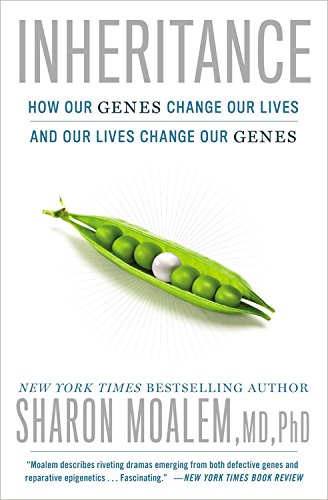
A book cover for Inheritance: How Our Genes Change Our Lives--and Our Lives Change Our Genes; Sharon Moalem MD  PhD; Medical Books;